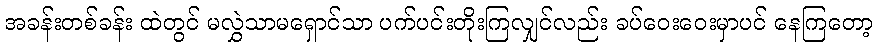
အခန်းတစ်ခန်း ထဲတွင် မလွှဲသာမရှောင်သာ ပက်ပင်းတိုးကြလျှင်လည်း ခပ်ဝေးဝေးမှာပင် နေကြတော့